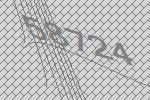
58724